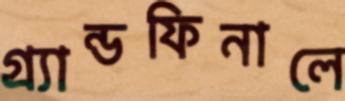
গ্র্যান্ডফিনালে